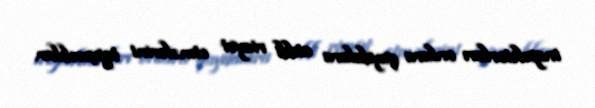
inspektorları onlara qaydalara ciddi riayət etmələrini tapşırıblar.